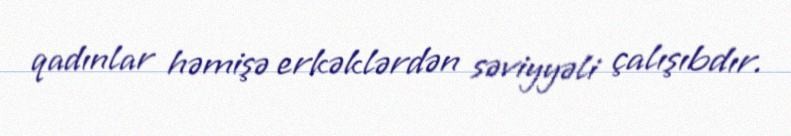
qadınlar həmişə erkəklərdən səviyyəli çalışıbdır.